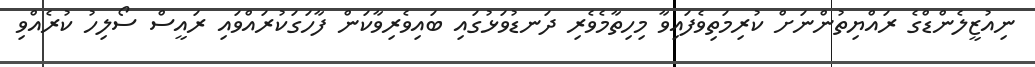
ނިއުޒީލެންޑްގެ ރައްޔިތުންނަށް ކުރިމަތިވެފައިވާ މިހިތާމެވެރި ދަނޑުވަޅުގައި ބައިވެރިވާކަން ފާހަގަކުރައްވައި ރައީސް ސޯލިހު ކުރެއްވި